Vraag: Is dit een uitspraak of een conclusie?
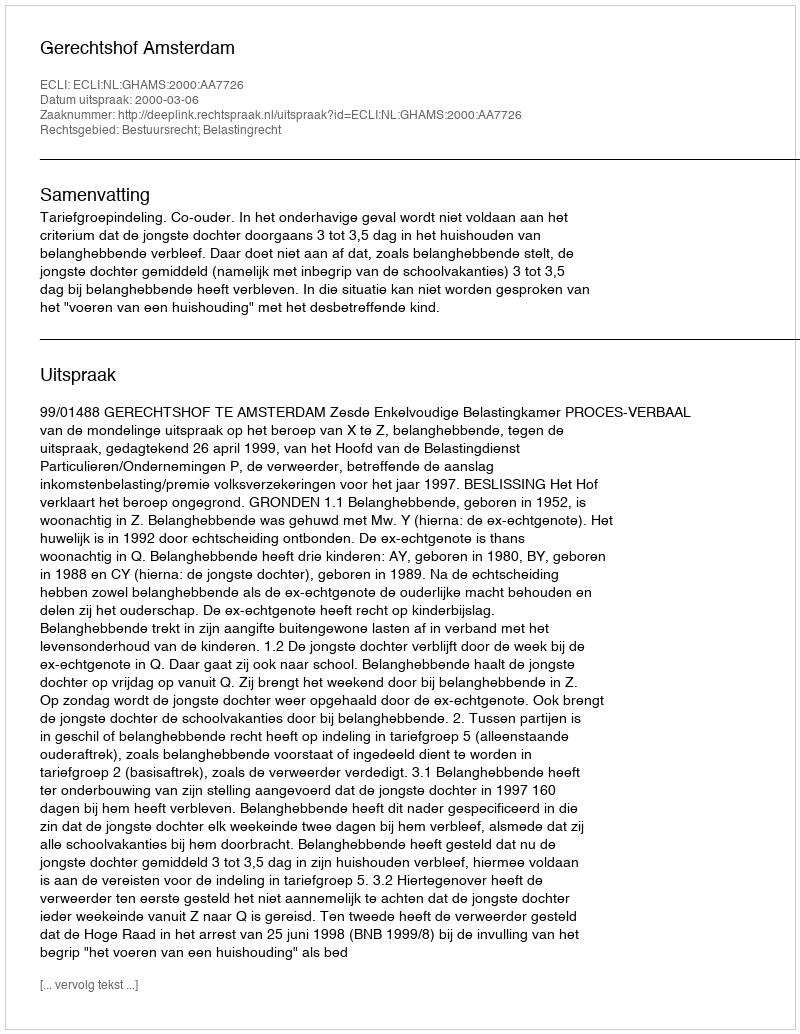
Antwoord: Uitspraak